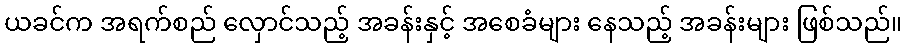
ယခင်က အရက်စည် လှောင်သည့် အခန်းနှင့် အစေခံများ နေသည့် အခန်းများ ဖြစ်သည်။